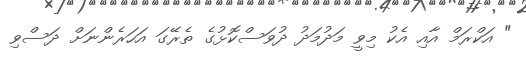
" އަކްރަމް އާއި އެކު މިވީ މަދުމަދު ދުވަސްކޮޅުގެ ތެރޭގަ އަހަރެންނަށް ދަސްވި